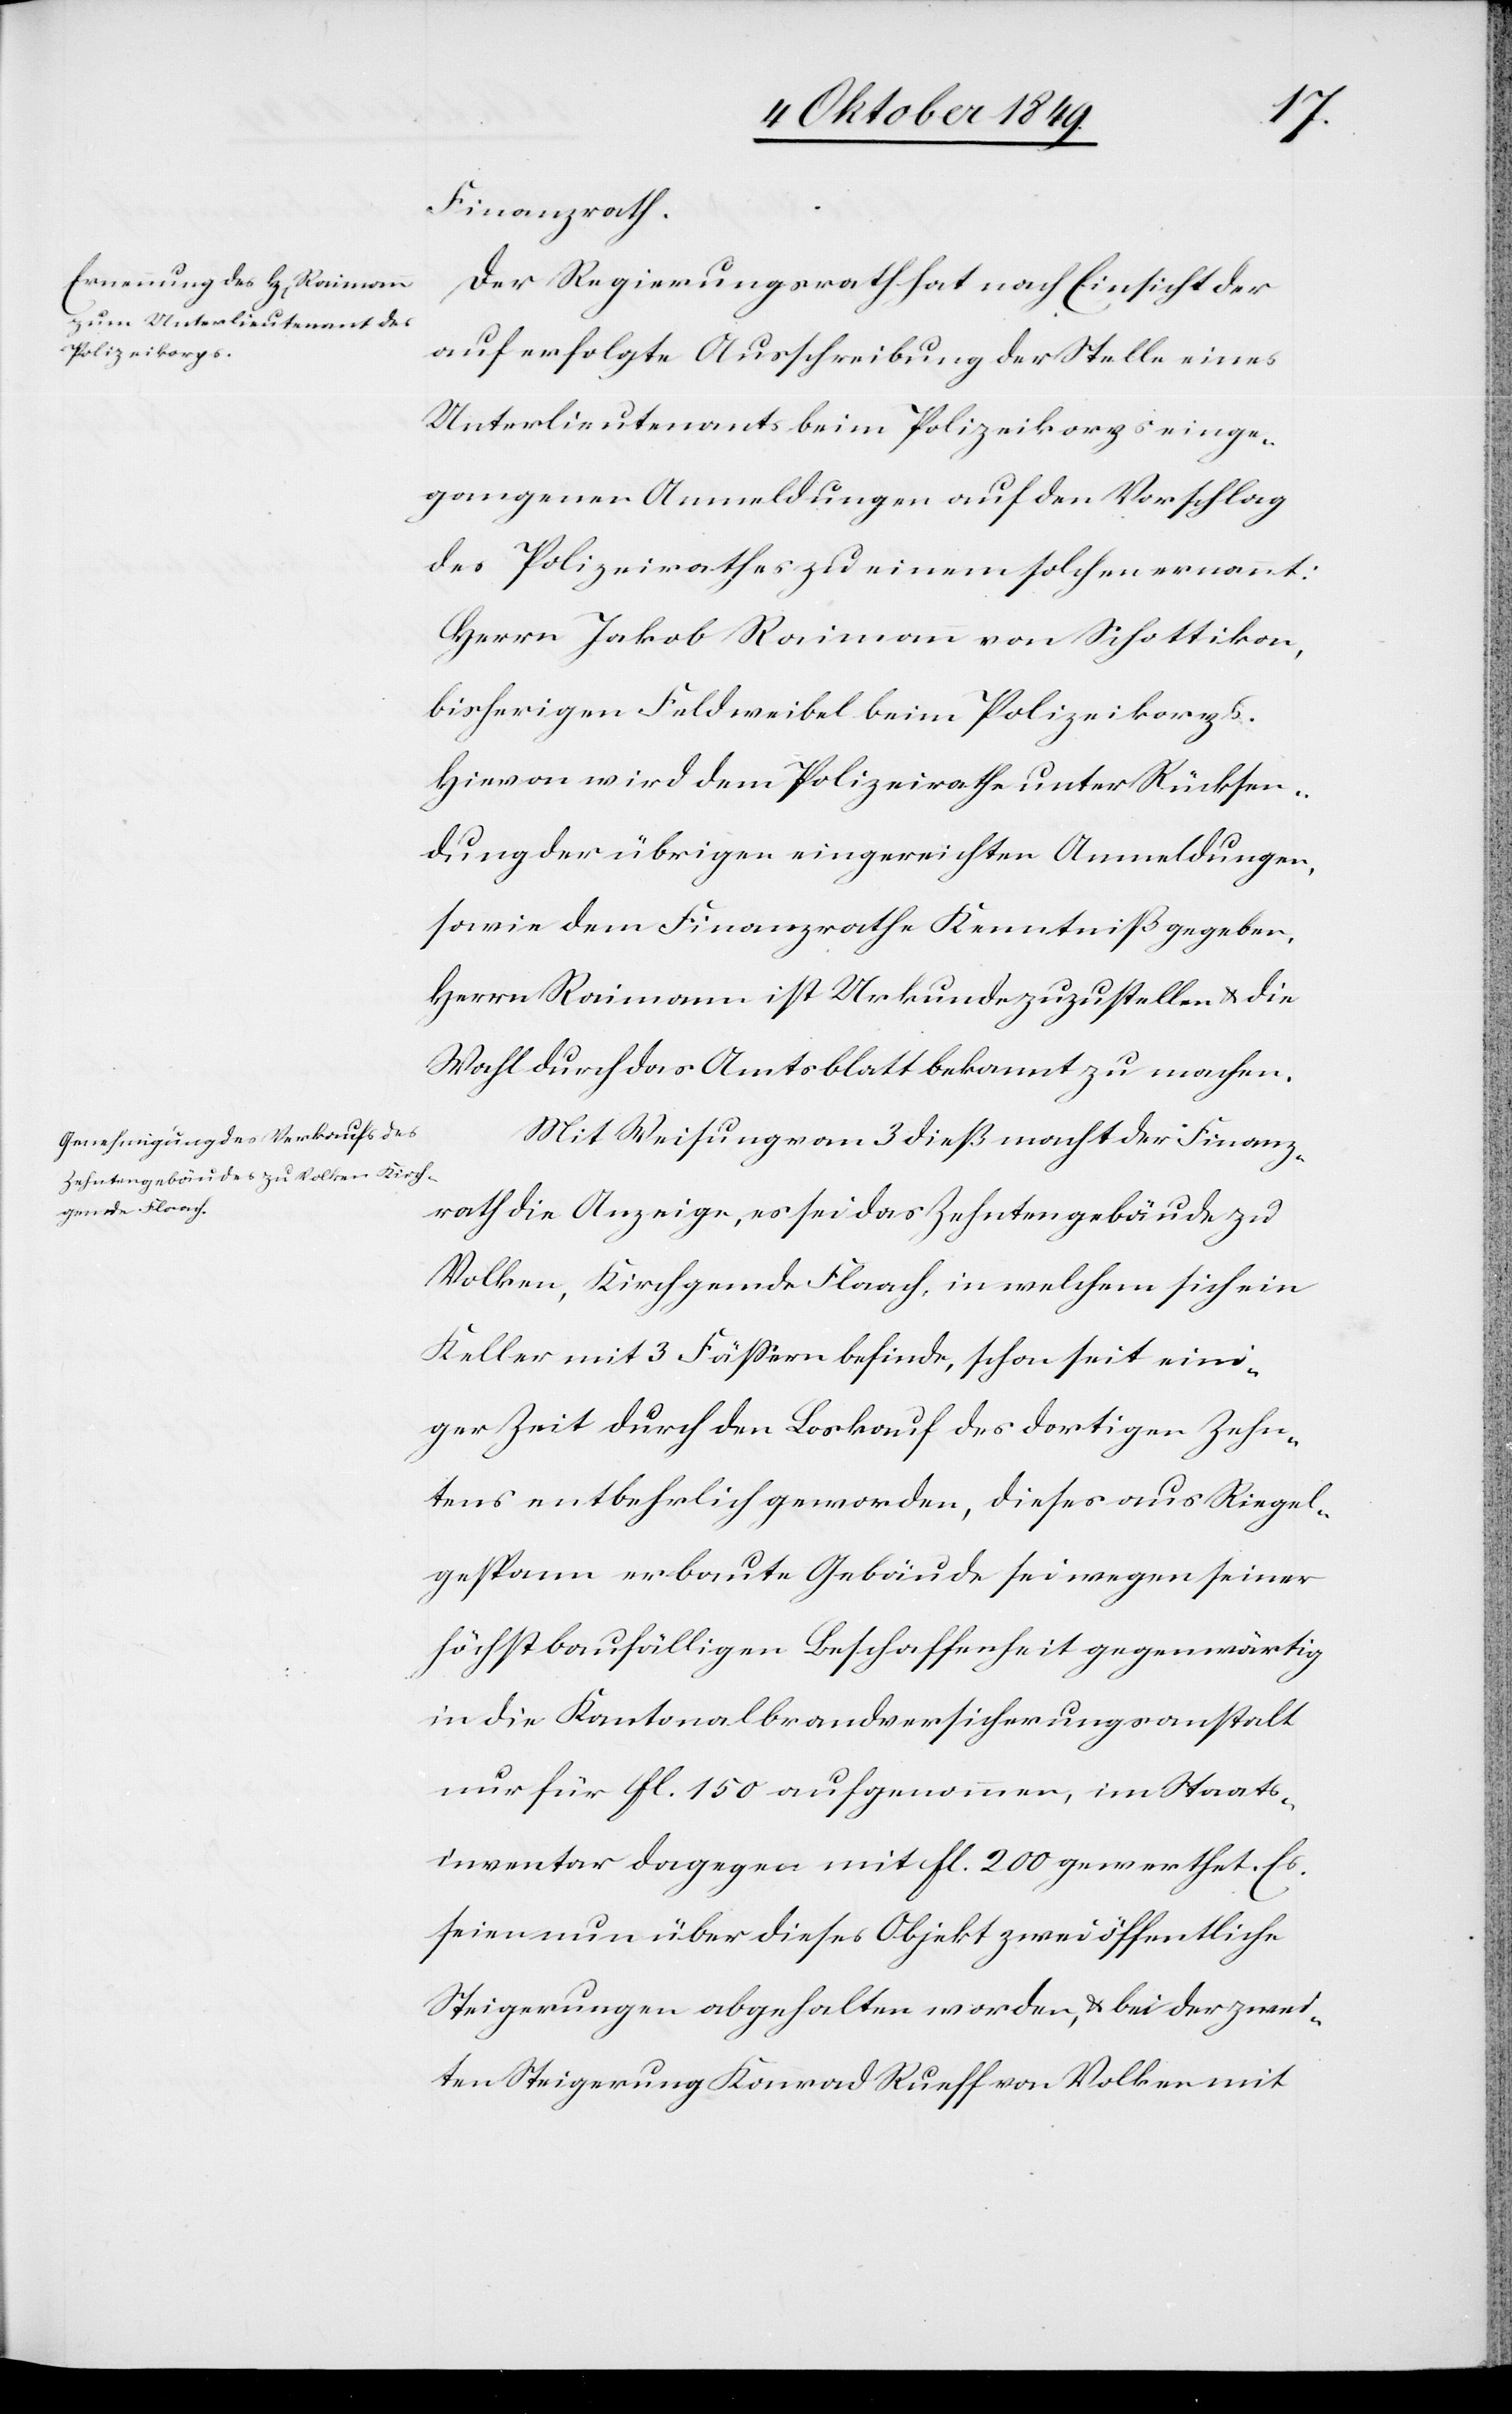
Finanzrath.
Der Regierungsrath hat nach Einsicht der
auf erfolgte Ausschreibung der Stelle eines
Unterlieutenants beim Polizeikorps einge¬
gangenen Anmeldungen auf den Vorschlag
des Polizeirathes zu einem solchen ernannt:
Herrn Jakob Raimann von Schottikon,
bisherigen Feldweibel beim Polizeikorps.
Hievon wird dem Polizeirathe unter Rücksen¬
dung der übrigen eingereichten Anmeldungen,
sowie dem Finanzrathe Kenntniß gegeben,
Herrn Raimann ist Urkunde zuzustellen u. die
Wahl durch das Amtsblatt bekannt zu machen.
Mit Weisungen vom 3 dieß macht der Finanz¬
rath die Anzeige, es sei das Zehntengebäude zu
Volken, Kirchgemeinde Flaach, in welchem sich ein
Keller mit 3 Fäßern befinde, schon seit eini¬
ger Zeit durch den Loskauf des dortigen Zehn¬
tens entbehrlich geworden, dieses aus Riegel¬
gespann erbaute Gebäude sei wegen seiner
höchst baufälligen Beschaffenheit gegenwärtig
in die Kantonalbrandversicherungsanstalt
nur für fl. 150 aufgenommen, im Staats¬
inventar dagegen mit fl. 200 gewerthet. Es
seien nun über dieses Objekt zwei öffentliche
Steigerungen abgehalten worden, u. bei der zwei¬
ten Steigerung Konrad Rueff von Volken